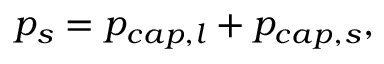
p _ { s } = p _ { c a p , l } + p _ { c a p , s } ,